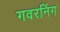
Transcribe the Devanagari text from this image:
गवरनिंग